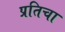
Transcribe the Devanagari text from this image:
प्रतिचा